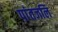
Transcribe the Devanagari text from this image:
पांतजलि